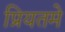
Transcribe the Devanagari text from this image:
प्रियतमे